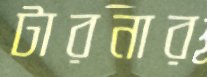
টারনার